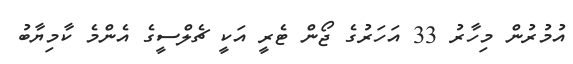
އުމުރުން މިހާރު 33 އަހަރުގެ ޖޯން ޓެރީ އަކީ ޗެލްސީގެ އެންމެ ކާމިޔާބު